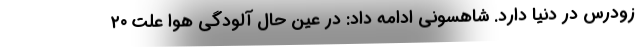
زودرس در دنیا دارد. شاهسونی ادامه داد: در عین حال آلودگی هوا علت ۲۰